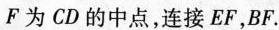
F为CD的中点，连接EF，BF.